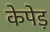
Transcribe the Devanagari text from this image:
केपेड़